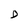
Character: D